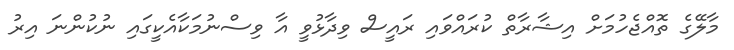
މާލޭގެ ތޮއްޖެހުމަށް އިޝާރާތް ކުރައްވައި ރައީސް ވިދާޅުވީ އާ ވިސްނުމަކާއެކީގައި ނުކުންނަ އިރު